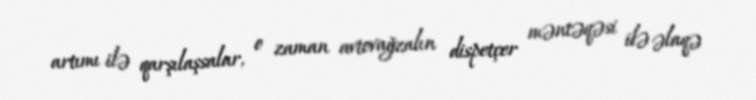
artımı ilə qarşılaşsalar, o zaman avtovağzalın dispetçer məntəqəsi ilə əlaqə